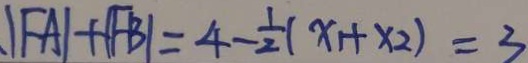
\vert F A \vert + \vert F B \vert = 4 - \frac { 1 } { 2 } ( x _ { 1 } + x _ { 2 } ) = 3